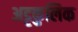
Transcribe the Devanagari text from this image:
अट्टकुलिक